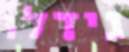
גידלו